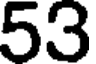
53